画像に写った文字を読んでください
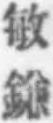
「敏鎌」と書いてあります